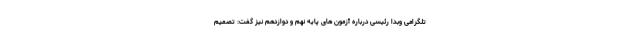
تلگرامی وبدا رئیسی درباره آزمون های پایه نهم و دوازدهم نیز گفت: تصمیم